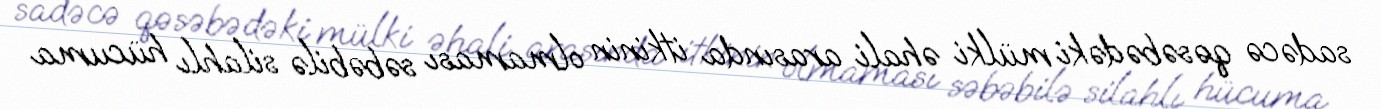
sadəcə qəsəbədəki mülki əhali arasında itkinin olmaması səbəbilə silahlı hücuma